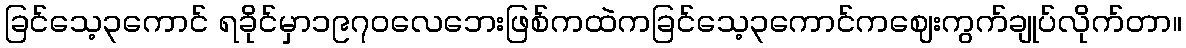
ခြင်သေ့၃ကောင် ရခိုင်မှာ၁၉၇၀လေဘေးဖြစ်ကထဲကခြင်သေ့၃ကောင်ကဈေးကွက်ချုပ်လိုက်တာ။